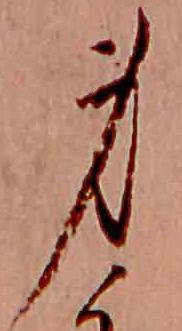
身